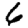
Digit: 6